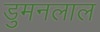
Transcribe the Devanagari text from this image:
डुमनलाल